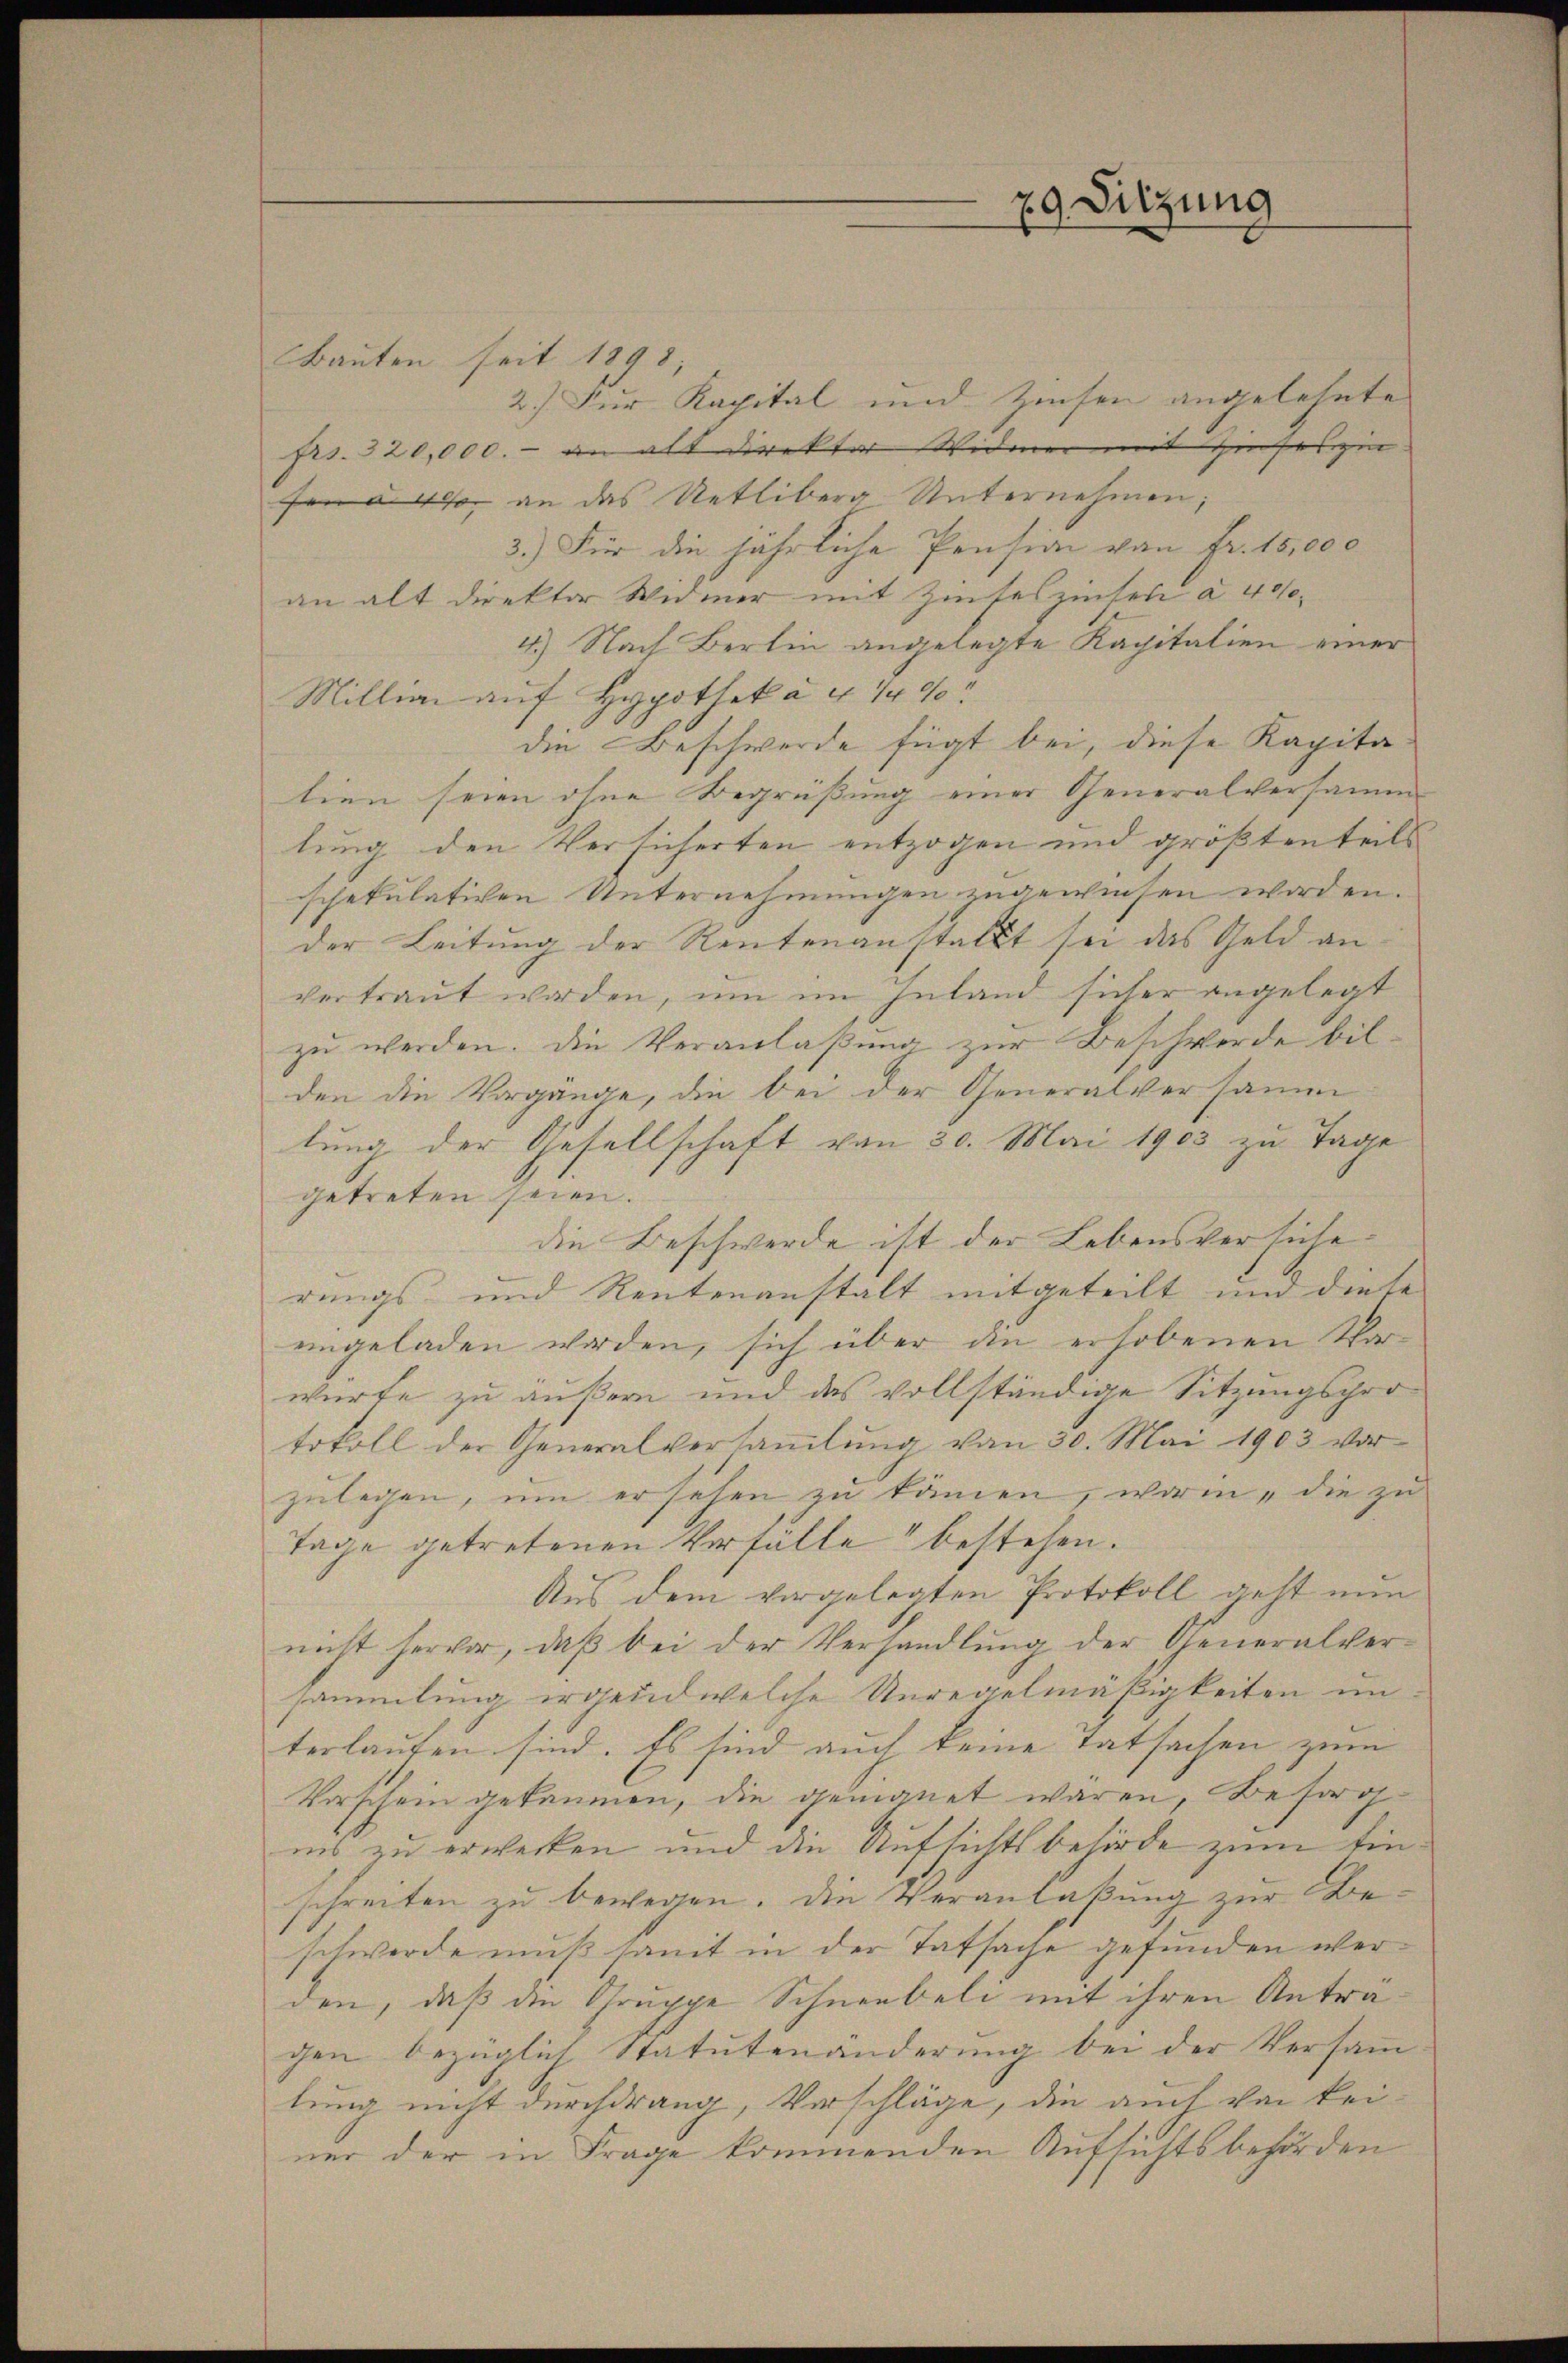
29. Sitzung

Bauten seit 1898;
2.) Für Kapital und Zinsen angelehnte
frs. 320,000.- an alt direkter Widmer mit Zinseszin
en 400 an das Uetliberg Unternehmen;
3.) Für die jährliche Pension von Fr. 15,000
an alt direktor Widmer mit Zinseszinsen à 40s
4.) Nach Berlin angelegte Kapitalien einer
Millian auf Hypothek à 4 1/4 %
die Beschwerde fügt bei, diese Kapitatien seien ohne Begrüßung einer Generalversamm
lung den Versicherten entzogen und größten teils
schekulativen Unternehmungen zugewiesen worden.
der Leitung der Rentenanstallt sei das Geld anvertraut worden, um im Inland sicher angelegt
zu werden. Die Veranlaßung zur Beschwerde bilden die Vorgange, die bei der Generalversamm
lung der Gesellschaft von 30. Mai 1903 zu Tage
getreten seien.
die Beschwerde ist der Lebensversicherungs und Rentenanstalt mitgeteilt und diese
eingeladen worden, sich über die erhobenen Vorwürte zu äußern und das vollständige Sitzungsprotokoll der Generalversaṁlŭng von 30. Mai 1903 vor-
zulegen, um ersehen zu kämen, worin, die zu
Tage getretenen Verfälle bestehen.
Aus dem vorgelegten Protokoll geht nun
nicht hervor, daß bei der Verhandlung der Generalversammlung irgend welche Unregelmäßigkeiten im
terlauten sind. Es sind auch keine Tatsachen zum
Vorschein gekommen, die geeignet waren, Besorg
ins zu erwecken und die Aufsichtsbehörde zum Einschreiten zu bewegen. Die Veranlaßung zur Beschwerde muß samt in der Tatsache gefunden werden, daß die Gruppe Schneebeli mit ihren Anträgen bezüglich Statutenänderung bei der Versamm
lung nicht durchdrang, Verschläge, die auch von keiner der in Frage kommenden Aufsichtsbehörden